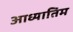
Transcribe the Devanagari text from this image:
आध्यातिम